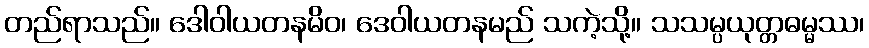
တည်ရာသည်။ ဒေါဝါယတနမိဝ၊ ဒေဝါယတနမည် သကဲ့သို့။ သသမ္ပယုတ္တဓမ္မဿ၊